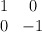
\begin{align*}\begin{array}{cc}1 & 0 \\ 0 & -1 \end{array}\end{align*}